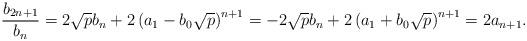
LaTeX: \begin{align*}\dfrac{b_{2n+1}}{b_n} = 2 \sqrt{p} b_{n} + 2\left( a_1 - b_0\sqrt{p}\right)^{n+1} = -2 \sqrt{p} b_{n} + 2\left( a_1 + b_0\sqrt{p}\right)^{n+1} = 2a_{n+1}.\end{align*}